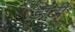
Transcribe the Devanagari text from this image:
डॉर्टी